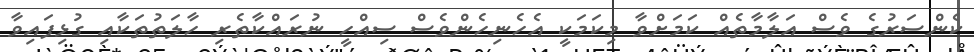
ކެންސަރުގެ ވެސް އަލާމާތެއް ކަމަށްވާ މިކަމަކީ އެހެނިހެންވެސް ސިއްހީ ނުރައްކާތެރި ހާލަތުތަކާއި ގުޅިފައިވާ